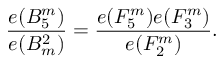
{ \frac { e ( B _ { 5 } ^ { m } ) } { e ( B _ { m } ^ { 2 } ) } } = { \frac { e ( F _ { 5 } ^ { m } ) e ( F _ { 3 } ^ { m } ) } { e ( F _ { 2 } ^ { m } ) } } .